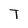
Character: T